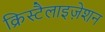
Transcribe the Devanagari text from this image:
क्रिस्टैलाइज़ेशन